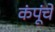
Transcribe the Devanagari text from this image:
कंपूंचे